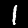
Digit: 1